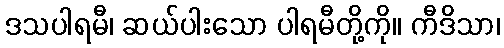
ဒသပါရမီ၊ ဆယ်ပါးသော ပါရမီတို့ကို။ ကီဒိသာ၊